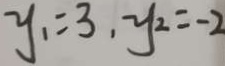
y _ { 1 } = 3 , y _ { 2 } = - 2